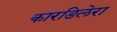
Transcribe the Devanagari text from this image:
कारडिलेरा